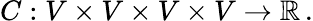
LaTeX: C:V\times V\times V\times V\to{\mathbb R}\, .